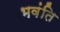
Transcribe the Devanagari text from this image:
भवंति